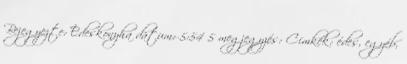
Bejegyezte: Édeskonyha dátum: 5:54 5 megjegyzés: Címkék: édes, egyéb,